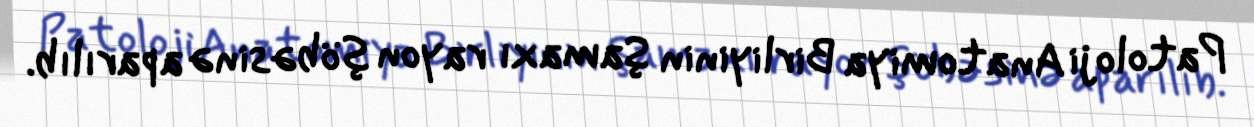
Patoloji Anatomiya Birliyinin Şamaxı rayon şöbəsinə aparılıb.